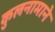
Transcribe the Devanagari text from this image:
कुलनामाने